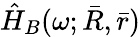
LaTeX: \hat{H}_{B}(\omega;\bar{R},\bar{r})